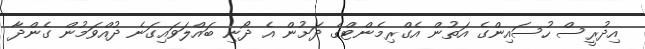
އިދުރީސް ހުސައިންގެ އަތުން އެގްރިމެންޓްގެ ދަށުން އެ ދޯނި ބައްލަވައިގަނެ ދުއްވަމުން ގެންދާ